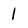
Character: 1